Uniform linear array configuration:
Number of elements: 32
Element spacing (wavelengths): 0.5
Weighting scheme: hann
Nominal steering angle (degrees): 45
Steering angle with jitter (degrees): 46.381
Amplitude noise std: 0.05
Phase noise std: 0.05

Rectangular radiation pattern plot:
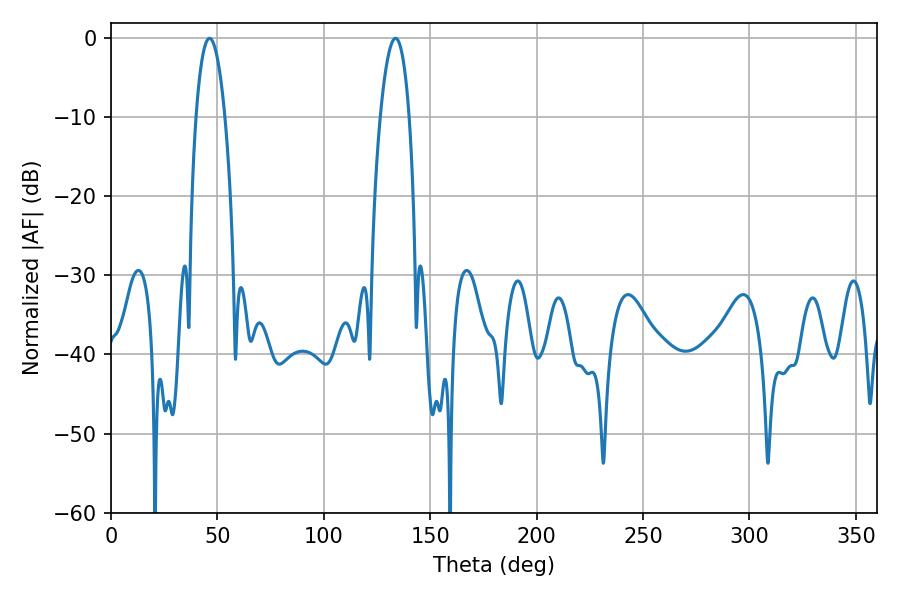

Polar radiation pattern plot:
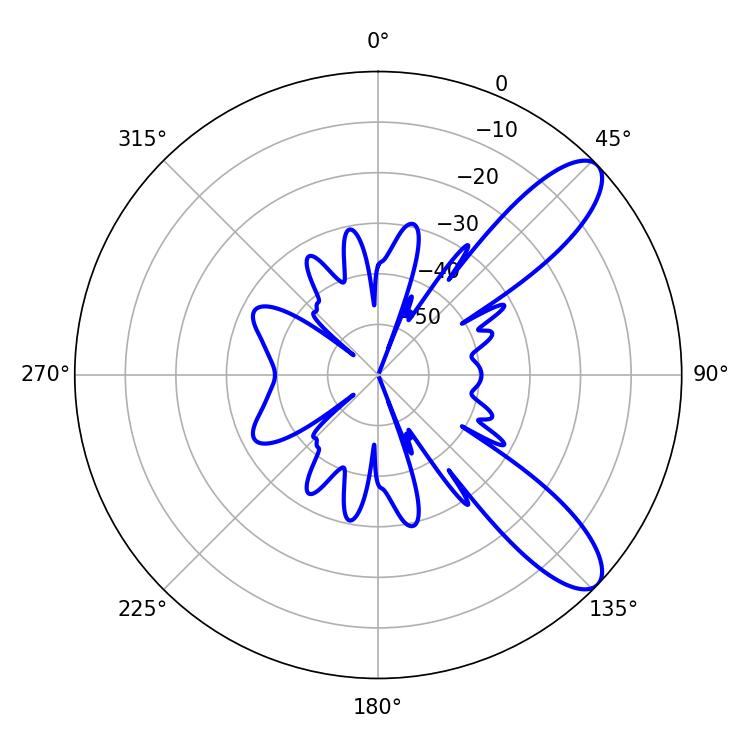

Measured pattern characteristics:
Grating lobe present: FALSE
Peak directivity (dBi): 9.906
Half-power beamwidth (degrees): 7.56
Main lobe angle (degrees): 46.26